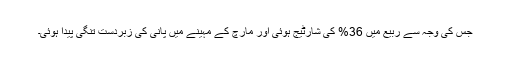
جس کی وجہ سے ربیع میں 36% کی شارٹیج ہوئی اور مارچ کے مہینے میں پانی کی زبردست تنگی پیدا ہوئی۔